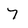
Character: 7